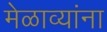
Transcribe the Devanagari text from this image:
मेळाव्यांना